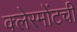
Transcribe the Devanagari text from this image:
क्लेरमोंटची